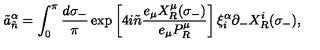
\tilde { a } _ { \tilde { n } } ^ { \alpha } = \int _ { 0 } ^ { \pi } \frac { d \sigma _ { - } } { \pi } \exp \left[ 4 i \tilde { n } \frac { e _ { \mu } X _ { R } ^ { \mu } ( \sigma _ { - } ) } { e _ { \mu } P _ { R } ^ { \mu } } \right] \xi _ { i } ^ { \alpha } \partial _ { - } X _ { R } ^ { i } ( \sigma _ { - } ) ,